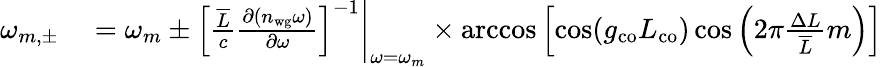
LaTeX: \begin{array}{rl}{\omega_{m,\pm}}&{{}=\omega_{m}\pm\left.\left[\frac{\overline{{L}}}{c}\frac{\partial(n_{\mathrm{wg}}\omega)}{\partial\omega}\right]^{-1}\right|_{\omega=\omega_{m}}\times\operatorname{arccos}\left[\cos(g_{\mathrm{co}}L_{\mathrm{co}})\cos\left(2\pi\frac{\Delta L}{\overline{{L}}}m\right)\right]}\end{array}